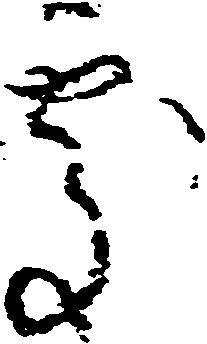
処